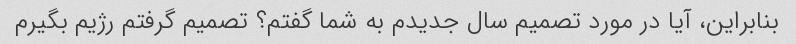
بنابراین، آیا در مورد تصمیم سال جدیدم به شما گفتم؟ تصمیم گرفتم رژیم بگیرم